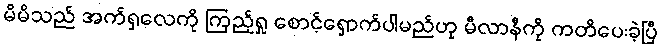
မိမိသည် အက်ရှလေကို ကြည့်ရှု စောင့်ရှောက်ပါမည်ဟု မီလာနီကို ကတိပေးခဲ့ပြီ